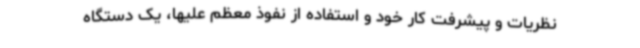
نظریات و پیشرفت کار خود و استفاده از نفوذ معظم‌ علیها، یک دستگاه